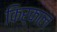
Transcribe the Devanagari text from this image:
किर्काल